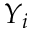
Y _ { i }